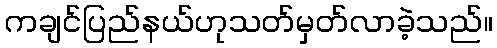
ကချင်ပြည်နယ်ဟုသတ်မှတ်လာခဲ့သည်။